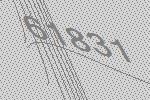
61831